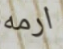
ارمه